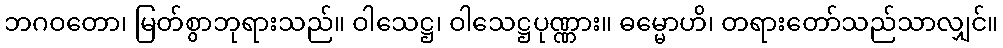
ဘဂဝတော၊ မြတ်စွာဘုရားသည်။ ဝါသေဋ္ဌ၊ ဝါသေဋ္ဌပုဏ္ဏား။ ဓမ္မောဟိ၊ တရားတော်သည်သာလျှင်။